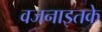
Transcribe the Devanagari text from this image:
वजनाइतके